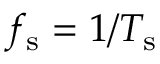
f _ { \mathrm { s } } = 1 / T _ { \mathrm { s } }